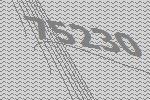
75230